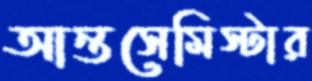
আন্তসেমিস্টার